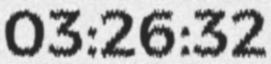
03:26:32